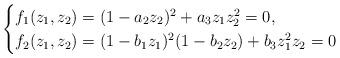
LaTeX: \begin{align*}\begin{cases} f_1(z_1,z_2)=(1-a_2z_2)^2+a_3z_1z^2_2=0, \\ f_2(z_1,z_2)=(1-b_1z_1)^2(1-b_2z_2)+b_3z^2_1z_2=0 \end{cases}\end{align*}